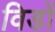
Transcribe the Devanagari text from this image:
विडों